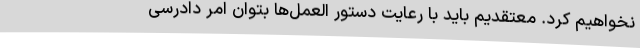
نخواهیم کرد. معتقدیم باید با رعایت دستور العمل‌ها بتوان امر دادرسی